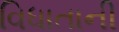
વિધાતાની